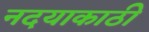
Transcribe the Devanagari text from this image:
नदयाकाठी